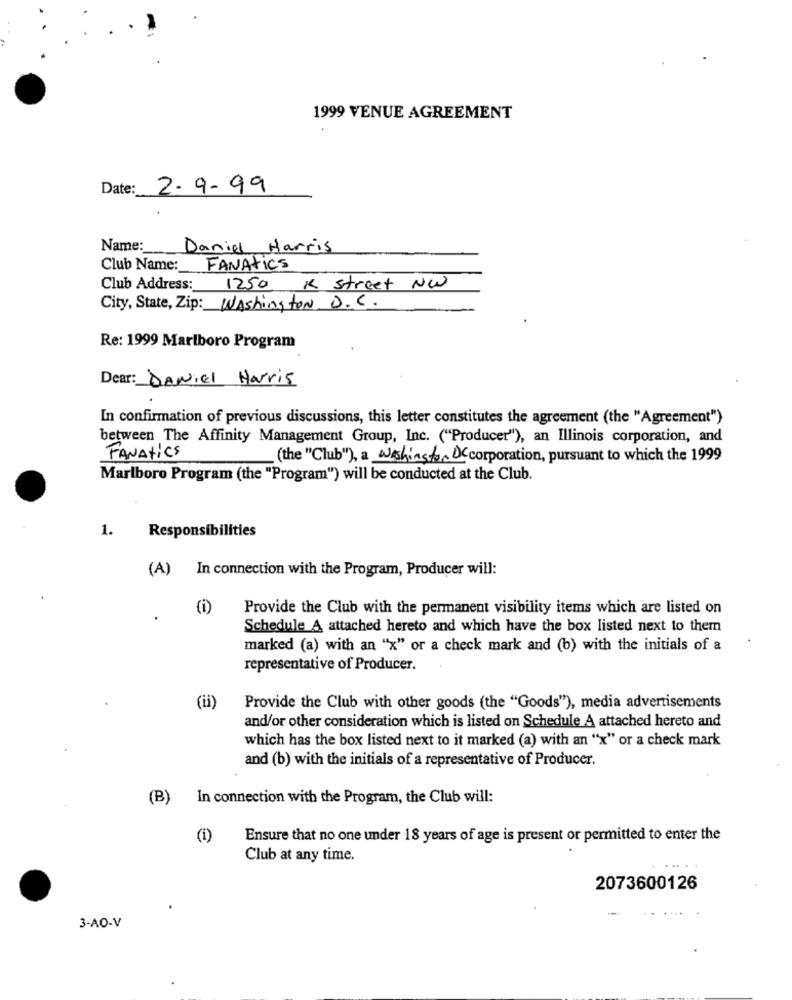
1999 VENUE AGREEMENT
Date:
2-9-99
Name: Daniel Harris
Club Name: FANATICS
Club Address: 1250 K Street NW
City, State, Zip: Washington D. C.
Re: 1999 Marlboro Program
Dear: Daniel Harris
In confirmation of previous discussions, this letter constitutes the agreement (the "Agreement")
between The Affinity Management Group, Inc. ("Producer"), an Illinois corporation, and
FANAtics
(the "Club"), a Washington DC corporation, pursuant to which the 1999
Marlboro Program (the "Program") will be conducted at the Club.
1.
Responsibilities
(A) In connection with the Program, Producer will:
(i)
Provide the Club with the permanent visibility items which are listed on
.
Schedule A attached hereto and which have the box listed next to them
marked (a) with an "x" or a check mark and (b) with the initials of a
representative of Producer.
(ii)
Provide the Club with other goods (the "Goods"), media advertisements
and/or other consideration which is listed on Schedule A attached hereto and
which has the box listed next to it marked (a) with an "x" or a check mark
and (b) with the initials of a representative of Producer.
(B) In connection with the Program, the Club will:
(i)
Ensure that no one under 18 years of age is present or permitted to enter the
Club at any time.
2073600126
3-AO-V